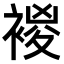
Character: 𧛝